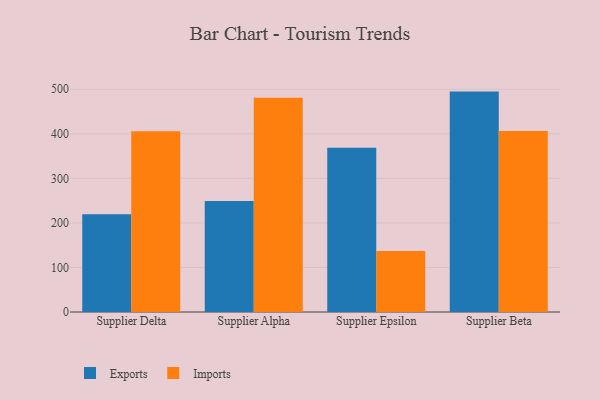
{"axis": {"x": "Supplier", "y": "Bounce Rate (%)"}, "legend": ["Exports", "Imports"], "data": [{"x": "Supplier Delta", "y": 219.5, "type": "Exports"}, {"x": "Supplier Delta", "y": 405.6, "type": "Imports"}, {"x": "Supplier Alpha", "y": 249.1, "type": "Exports"}, {"x": "Supplier Alpha", "y": 480.9, "type": "Imports"}, {"x": "Supplier Epsilon", "y": 368.7, "type": "Exports"}, {"x": "Supplier Epsilon", "y": 137.2, "type": "Imports"}, {"x": "Supplier Beta", "y": 494.8, "type": "Exports"}, {"x": "Supplier Beta", "y": 406.1, "type": "Imports"}]}